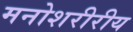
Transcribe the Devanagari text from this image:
मनोशरीरीय